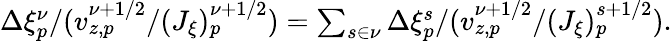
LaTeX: \begin{array}{r}{\Delta\xi_{p}^{\nu}/(v_{z,p}^{\nu+1/2}/(J_{\xi})_{p}^{\nu+1/2})=\sum_{s\in\nu}\Delta\xi_{p}^{s}/(v_{z,p}^{\nu+1/2}/(J_{\xi})_{p}^{s+1/2}).}\end{array}